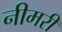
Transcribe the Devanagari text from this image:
नीमरी